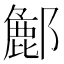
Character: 𮠌